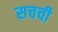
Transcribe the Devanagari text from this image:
सचची